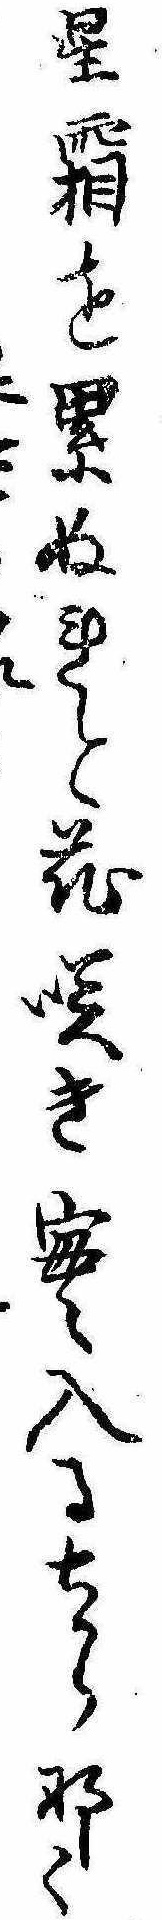
星霜を累ぬれと花咲き実入るちからなく